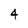
Character: 4